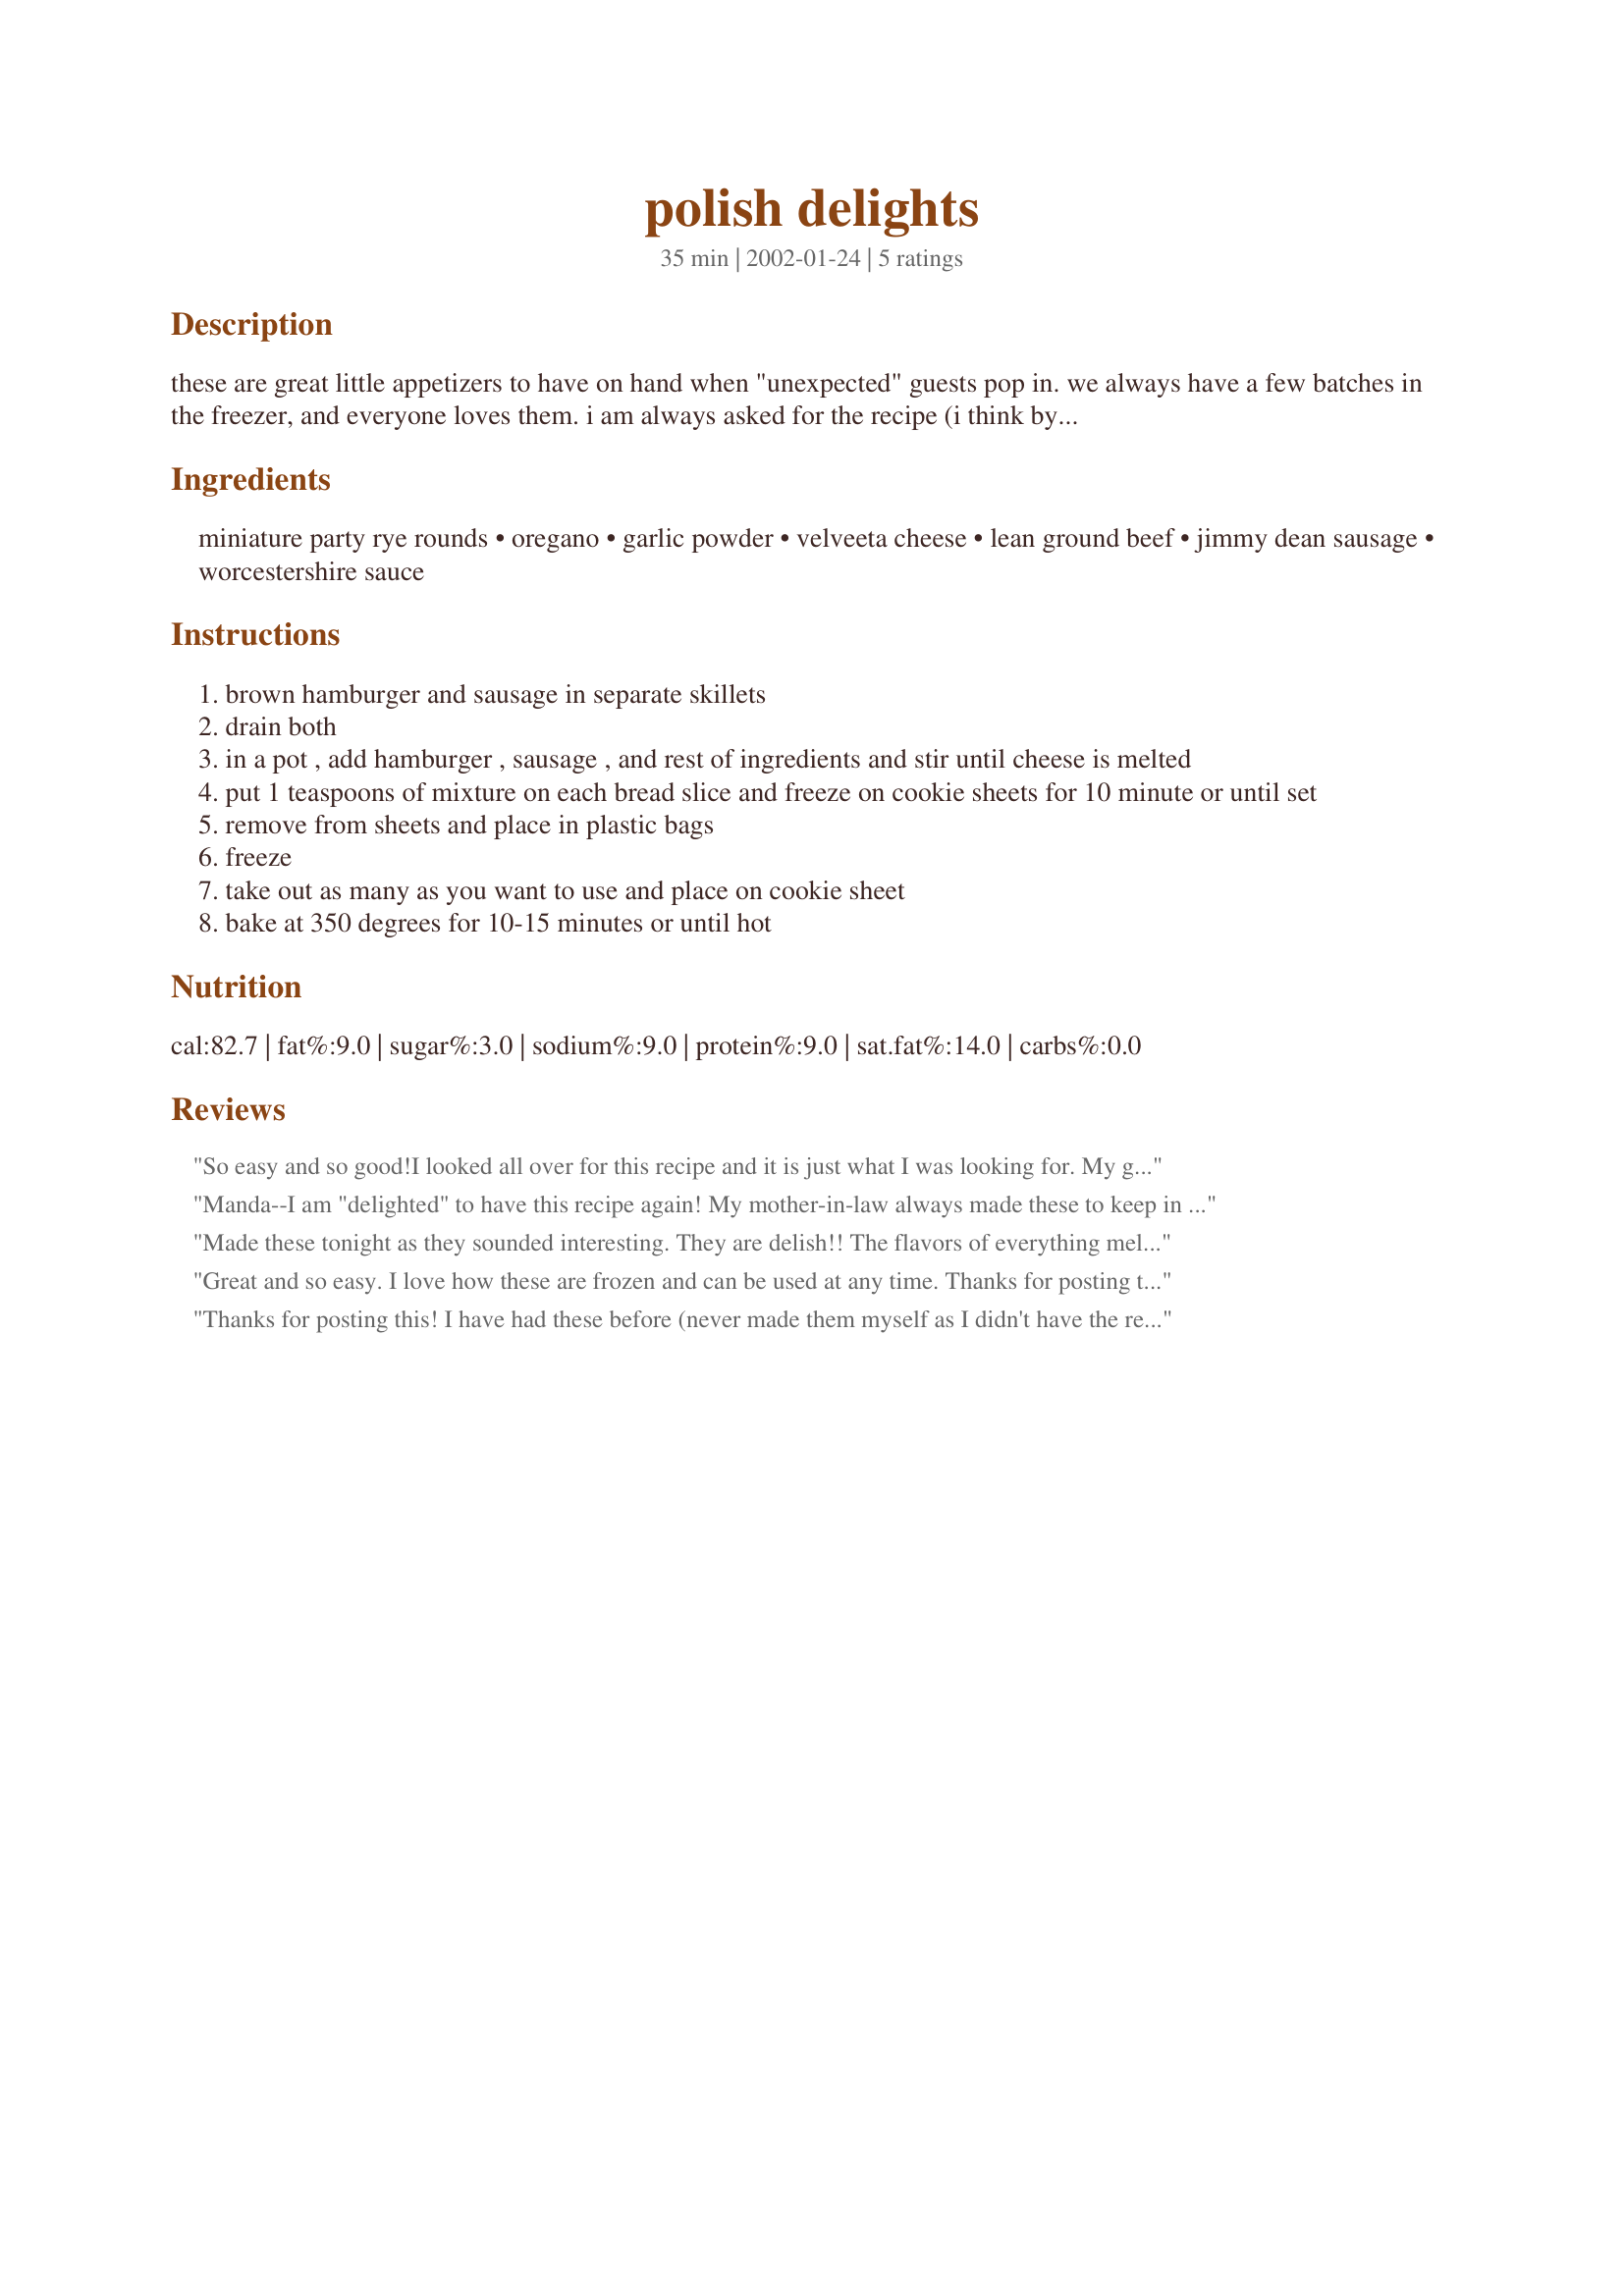
polish delights
Preparation time: 35 minutes

these are great little appetizers to have on hand when "unexpected" guests pop in. we always have a few batches in the freezer, and everyone loves them. i am always asked for the recipe (i think by this point, i have it memorized!)lol. i could make these in my sleep!! note: servings is approximate.

Ingredients:
miniature party rye rounds, oregano, garlic powder, velveeta cheese, lean ground beef, jimmy dean sausage, worcestershire sauce

Steps:
brown hamburger and sausage in separate skillets
drain both
in a pot , add hamburger , sausage , and rest of ingredients and stir until cheese is melted
put 1 teaspoons of mixture on each bread slice and freeze on cookie sheets for 10 minute or until set
remove from sheets and place in plastic bags
freeze
take out as many as you want to use and place on cookie sheet
bake at 350 degrees for 10-15 minutes or until hot

Reviews:
So easy and so good!I looked all over for this recipe and it is just what I was looking for. My grandfather loved these and wants me to make them for every get-together from now on. Thanks for the recipe :) Another way to serve, put the mixture in a crockpot and just spoon some on a piece of the bread, toasted or not, it is still sooo good and very easy to bring for a get together!
Manda--I am "delighted" to have this recipe again! My mother-in-law always made these to keep in the freezer for whenever the kids wanted a snack. They are very popular around our hoouse! Thanks!
Made these tonight as they sounded interesting. They are delish!! The flavors of everything meld together so well. I am babysitting my grandson and I thought he might like them for lunch occasionally~hopefully he wiil get some~just kidding!! Very easy to prepare also. Thanks for posting Manda!
Great and so easy. I love how these are frozen and can be used at any time. Thanks for posting this good old recipe, Manda!
Thanks for posting this! I have had these before (never made them myself as I didn't have the recipe). They are so good! Nice to know they freeze well also!
